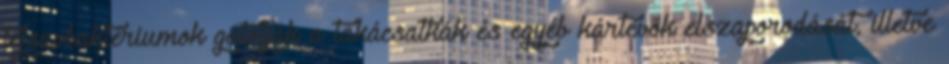
tejsavbaktériumok gátolják a takácsatkák és egyéb kártevők elszaporodását, illetve